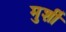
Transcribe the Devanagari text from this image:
मुर्शी